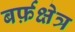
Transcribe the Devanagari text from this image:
बर्फ़क्षेत्र